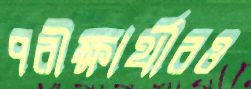
পরীক্ষার্থীরও